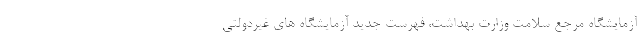
آزمایشگاه مرجع سلامت وزارت بهداشت، فهرست جدید آزمایشگاه های غیردولتی